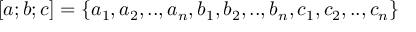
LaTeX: [ a ; b ; c ] = \{ a _ { 1 } , a _ { 2 } , . . , a _ { n } , b _ { 1 } , b _ { 2 } , . . , b _ { n } , c _ { 1 } , c _ { 2 } , . . , c _ { n } \}